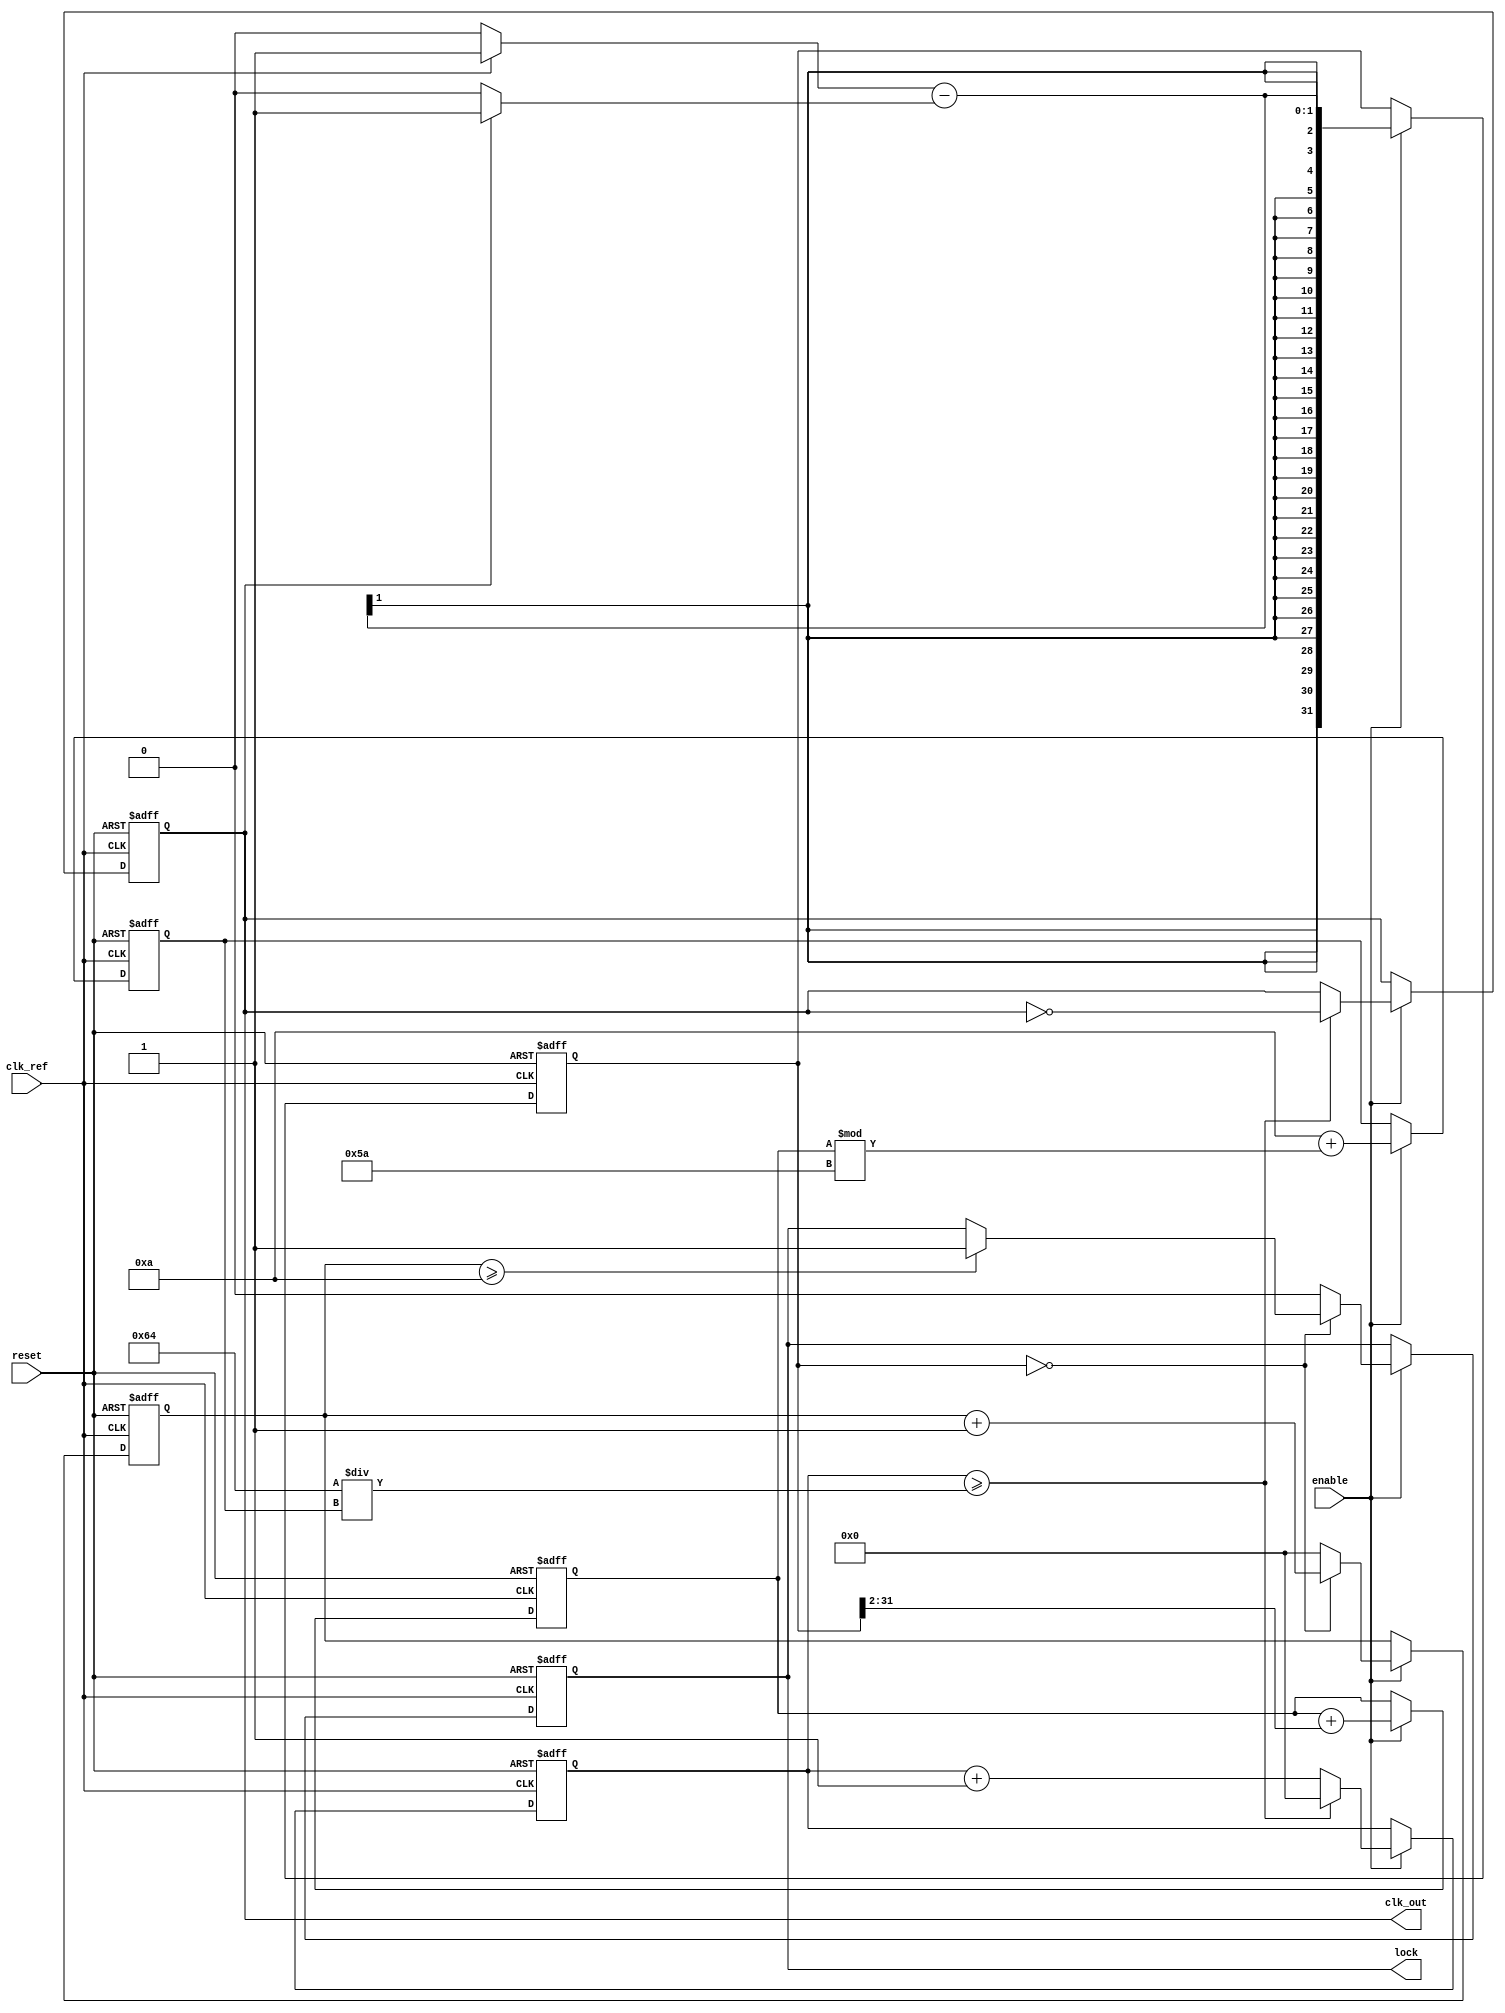
module MemoryBlocksLinearPLL (
    input wire clk_ref,          // Reference clock input
    input wire reset,            // Reset signal
    input wire enable,           // Enable signal for PLL
    output reg clk_out,          // Output clock signal
    output reg lock              // Lock status output
);

    // Parameters
    parameter DIV_RATIO = 4;     // Division ratio for feedback
    parameter VCO_MAX_FREQ = 100; // Maximum frequency for VCO
    parameter VCO_MIN_FREQ = 10;  // Minimum frequency for VCO

    // Internal signals
    reg [31:0] phase_error;       // Phase error signal from PD
    reg [31:0] control_voltage;    // Control voltage for VCO
    reg [31:0] vco_freq;           // Frequency of VCO
    reg [31:0] feedback_div;       // Feedback divider output
    reg [31:0] vco_counter;        // VCO counter for frequency generation
    reg [31:0] lock_counter;       // Counter to determine lock status

    // Phase Detector (PD)
    always @(posedge clk_ref or posedge reset) begin
        if (reset) begin
            phase_error <= 0;
        end else if (enable) begin
            // Simple phase detection logic (for illustration)
            phase_error <= (clk_ref ? 1 : 0) - (clk_out ? 1 : 0);
        end
    end

    // Low Pass Filter (LPF)
    always @(posedge clk_ref or posedge reset) begin
        if (reset) begin
            control_voltage <= 0;
        end else if (enable) begin
            // Simple LPF implementation (for illustration)
            control_voltage <= control_voltage + (phase_error >> 2); // Simple averaging
        end
    end

    // Voltage-Controlled Oscillator (VCO)
    always @(posedge clk_ref or posedge reset) begin
        if (reset) begin
            vco_freq <= VCO_MIN_FREQ;
            vco_counter <= 0;
            clk_out <= 0;
        end else if (enable) begin
            // Adjust VCO frequency based on control voltage
            vco_freq <= VCO_MIN_FREQ + (control_voltage % (VCO_MAX_FREQ - VCO_MIN_FREQ));
            vco_counter <= vco_counter + 1;

            // Generate output clock based on VCO frequency
            if (vco_counter >= (100 / vco_freq)) begin
                clk_out <= ~clk_out;
                vco_counter <= 0;
            end
        end
    end

    // Feedback Divider
    always @(posedge clk_out or posedge reset) begin
        if (reset) begin
            feedback_div <= 0;
        end else if (enable) begin
            feedback_div <= feedback_div + 1;
            if (feedback_div >= DIV_RATIO) begin
                feedback_div <= 0;
                // Feedback to phase detector (not shown)
            end
        end
    end

    // Lock Status Logic
    always @(posedge clk_ref or posedge reset) begin
        if (reset) begin
            lock <= 0;
            lock_counter <= 0;
        end else if (enable) begin
            // Simple lock detection logic (for illustration)
            if (phase_error == 0) begin
                lock_counter <= lock_counter + 1;
                if (lock_counter >= 10) // Arbitrary threshold for lock
                    lock <= 1;
            end else begin
                lock_counter <= 0;
                lock <= 0;
            end
        end
    end

endmodule